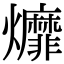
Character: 𤓒